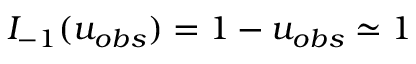
I _ { - 1 } ( u _ { o b s } ) = 1 - u _ { o b s } \simeq 1